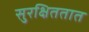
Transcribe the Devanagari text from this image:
सुरक्षिततात